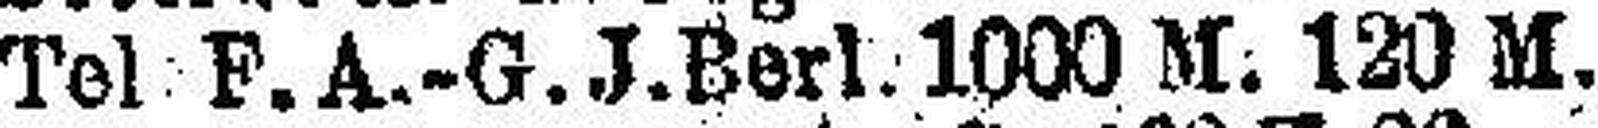
Tel F. A.-G. J.Berl. 1000 M. 120 M.